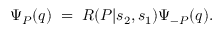
\Psi _ { P } ( q ) \; = \; R ( P | s _ { 2 } , s _ { 1 } ) \Psi _ { - P } ( q ) .